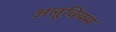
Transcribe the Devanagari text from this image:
अलूवियम